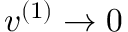
\boldsymbol { v } ^ { ( 1 ) } \to 0